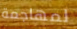
لمهاجمة